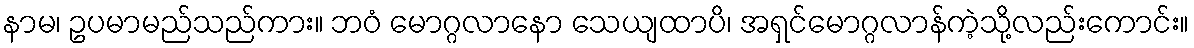
နာမ၊ ဥပမာမည်သည်ကား။ ဘဝံ မောဂ္ဂလာနော သေယျထာပိ၊ အရှင်မောဂ္ဂလာန်ကဲ့သို့လည်းကောင်း။